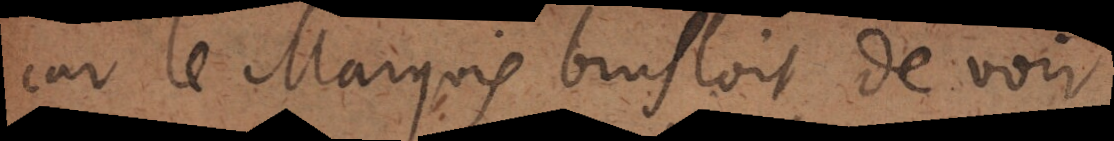
car le Marquis brusloit de voir